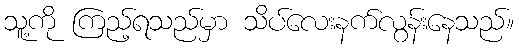
သူ့ကို ကြည့်ရသည်မှာ သိပ်လေးနက်လွန်းနေသည်။